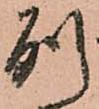
別